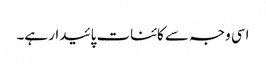
اسی وجہ سے کائنات پائیدار ہے۔